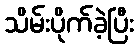
သိမ်းပိုက်ခဲ့ပြီး